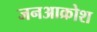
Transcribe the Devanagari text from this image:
जनआक्रोश